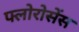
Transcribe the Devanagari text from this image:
फ्लोरोसेंस